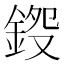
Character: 𨧍